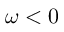
\omega < 0